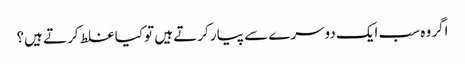
اگر وہ سب ایک دوسرے سے پیار کرتے ہیں تو کیا غلط کرتے ہیں؟